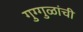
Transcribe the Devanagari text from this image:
गुग्गुळांची